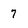
Character: 7